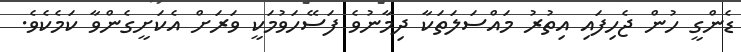
ޑެންގީ ހުން ޖެހިފައި އިތުރު މައްސަލަތަކާ ދިމާނުވެ ފަސޭހަވުމަކީ ވަރަށް އެކަށީގެންވާ ކަމެކެވެ.